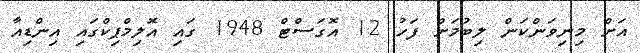
އަށް މިނިވަންކަން ލިބުމަށް ފަހު 12 އޮގަސްޓް 1948 ގައި އޮލިމްޕިކްގައި އިންޑިއާ